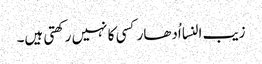
زیب النسا اُدھار کسی کا نہیں رکھتی ہیں۔